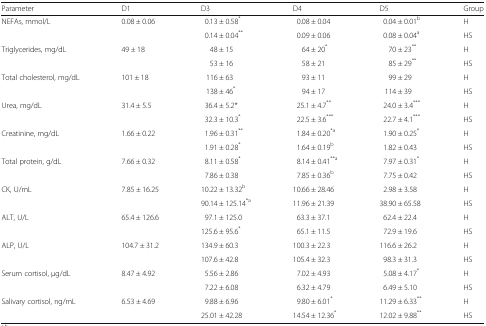
<table><thead><tr><td><b>Parameter</b></td><td><b>D1</b></td><td><b>D3</b></td><td><b>D4</b></td><td><b>D5</b></td><td><b>Group</b></td></tr></thead><tbody><tr><td rowspan="2">NEFAs, mmol/L</td><td rowspan="2">0.08 ± 0.06</td><td>0.13 ± 0.58<sup>*</sup></td><td>0.08 ± 0.04</td><td>0.04 ± 0.01<sup>b</sup></td><td>H</td></tr><tr><td>0.14 ± 0.04<sup>**</sup></td><td>0.09 ± 0.06</td><td>0.08 ± 0.04<sup>a</sup></td><td>HS</td></tr><tr><td rowspan="2">Triglycerides, mg/dL</td><td rowspan="2">49 ± 18</td><td>48 ± 15</td><td>64 ± 20<sup>*</sup></td><td>70 ± 23<sup>**</sup></td><td>H</td></tr><tr><td>53 ± 16</td><td>58 ± 21</td><td>85 ± 29<sup>**</sup></td><td>HS</td></tr><tr><td rowspan="2">Total cholesterol, mg/dL</td><td rowspan="2">101 ± 18</td><td>116 ± 63</td><td>93 ± 11</td><td>99 ± 29</td><td>H</td></tr><tr><td>138 ± 46<sup>*</sup></td><td>94 ± 17</td><td>114 ± 39</td><td>HS</td></tr><tr><td rowspan="2">Urea, mg/dL</td><td rowspan="2">31.4 ± 5.5</td><td>36.4 ± 5.2*</td><td>25.1 ± 4.7<sup>**</sup></td><td>24.0 ± 3.4<sup>***</sup></td><td>H</td></tr><tr><td>32.3 ± 10.3<sup>*</sup></td><td>22.5 ± 3.6<sup>***</sup></td><td>22.7 ± 4.1<sup>***</sup></td><td>HS</td></tr><tr><td rowspan="2">Creatinine, mg/dL</td><td rowspan="2">1.66 ± 0.22</td><td>1.96 ± 0.31<sup>**</sup></td><td>1.84 ± 0.20<sup>*a</sup></td><td>1.90 ± 0.25<sup>*</sup></td><td>H</td></tr><tr><td>1.91 ± 0.28<sup>*</sup></td><td>1.64 ± 0.19<sup>b</sup></td><td>1.82 ± 0.43</td><td>HS</td></tr><tr><td rowspan="2">Total protein, g/dL</td><td rowspan="2">7.66 ± 0.32</td><td>8.11 ± 0.58<sup>*</sup></td><td>8.14 ± 0.41<sup>**a</sup></td><td>7.97 ± 0.31<sup>*</sup></td><td>H</td></tr><tr><td>7.86 ± 0.38</td><td>7.85 ± 0.36<sup>b</sup></td><td>7.75 ± 0.42</td><td>HS</td></tr><tr><td rowspan="2">CK, U/mL</td><td rowspan="2">7.85 ± 16.25</td><td>10.22 ± 13.32<sup>b</sup></td><td>10.66 ± 28.46</td><td>2.98 ± 3.58</td><td>H</td></tr><tr><td>90.14 ± 125.14<sup>*a</sup></td><td>11.96 ± 21.39</td><td>38.90 ± 65.58</td><td>HS</td></tr><tr><td rowspan="2">ALT, U/L</td><td rowspan="2">65.4 ± 126.6</td><td>97.1 ± 125.0</td><td>63.3 ± 37.1</td><td>62.4 ± 22.4</td><td>H</td></tr><tr><td>125.6 ± 95.6<sup>*</sup></td><td>65.1 ± 11.5</td><td>72.9 ± 19.6</td><td>HS</td></tr><tr><td rowspan="2">ALP, U/L</td><td rowspan="2">104.7 ± 31.2</td><td>134.9 ± 60.3</td><td>100.3 ± 22.3</td><td>116.6 ± 26.2</td><td>H</td></tr><tr><td>107.6 ± 42.8</td><td>105.4 ± 32.3</td><td>98.3 ± 31.3</td><td>HS</td></tr><tr><td rowspan="2">Serum cortisol, μg/dL</td><td rowspan="2">8.47 ± 4.92</td><td>5.56 ± 2.86</td><td>7.02 ± 4.93</td><td>5.08 ± 4.17<sup>*</sup></td><td>H</td></tr><tr><td>7.22 ± 6.08</td><td>6.32 ± 4.79</td><td>6.49 ± 5.10</td><td>HS</td></tr><tr><td rowspan="2">Salivary cortisol, ng/mL</td><td rowspan="2">6.53 ± 4.69</td><td>9.88 ± 6.96</td><td>9.80 ± 6.01<sup>*</sup></td><td>11.29 ± 6.33<sup>**</sup></td><td>H</td></tr><tr><td>25.01 ± 42.28</td><td>14.54 ± 12.36<sup>*</sup></td><td>12.02 ± 9.88<sup>**</sup></td><td>HS</td></tr></tbody></table>